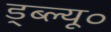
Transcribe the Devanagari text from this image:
ड्ब्ल्यू०